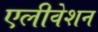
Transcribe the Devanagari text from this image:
एलीवेशन